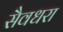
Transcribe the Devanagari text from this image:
सैवधरा